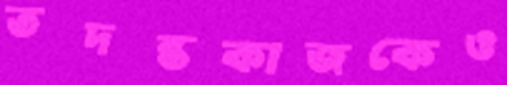
তদন্তকাজকেও